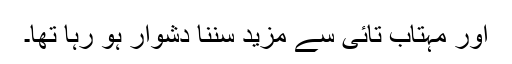
اور مہتاب تائی سے مزید سننا دشوار ہو رہا تھا۔